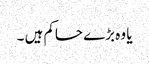
یا وہ بڑے حاکم ہیں ۔